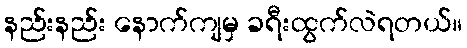
နည်းနည်း နောက်ကျမှ ခရီးထွက်လဲရတယ်။